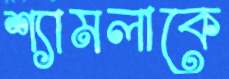
শ্যামলাকে